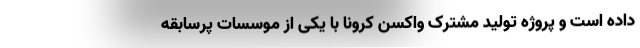
داده است و پروژه تولید مشترک واکسن کرونا با یکی از موسسات پرسابقه